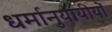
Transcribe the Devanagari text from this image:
धर्मानुयायीयों